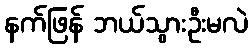
နက်ဖြန် ဘယ်သွားဦးမလဲ